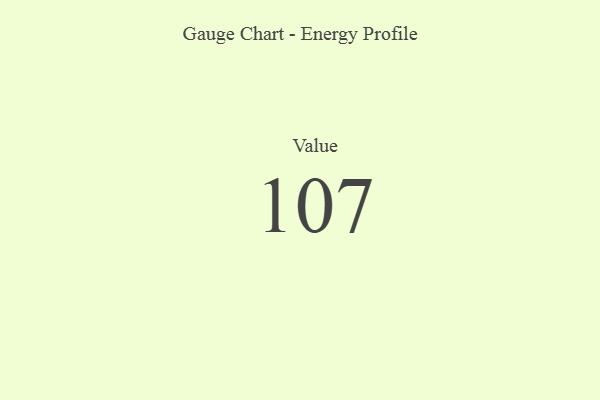
{"axis": {"x": "Metric", "y": "Value"}, "legend": [""], "data": [{"x": "Value", "y": 107, "type": ""}]}